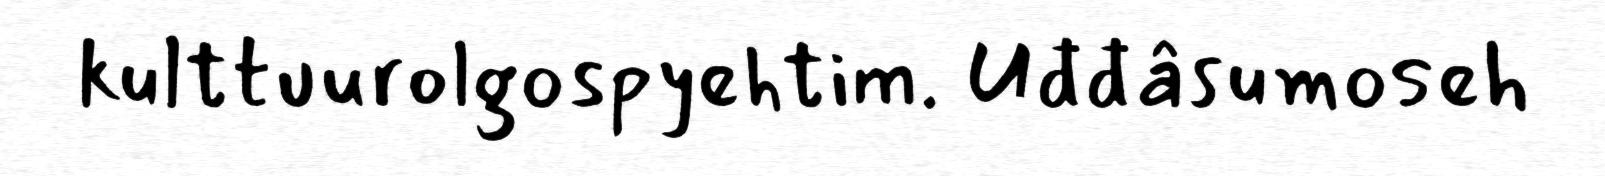
kulttuurolgospyehtim. Uđđâsumoseh